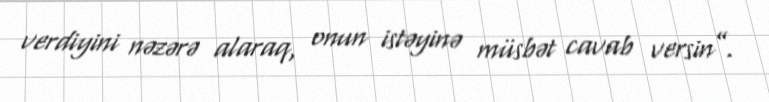
verdiyini nəzərə alaraq, onun istəyinə müsbət cavab versin”.